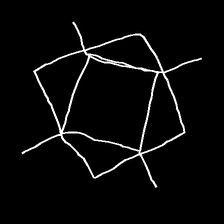
Glyph: light